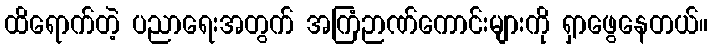
ထိရောက်တဲ့ ပညာရေးအတွက် အကြံဉာဏ်ကောင်းများကို ရှာဖွေနေတယ်။